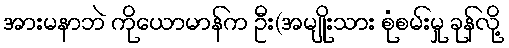
အားမနာဘဲ ကိုယောမာန်က ဦး(အမျိုးသား စုံစမ်းမှု ခုန်လို့